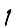
Digit: 1